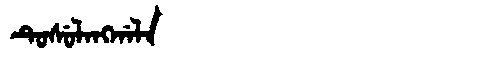
Manchu: ᡨᡠᠰᡠᠯᠠᠩᡤᠠᠯᠠ
Romanization: TUSULANGGALA